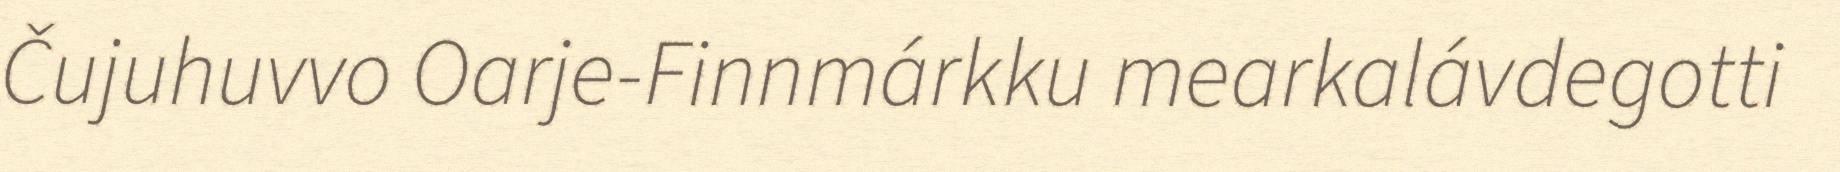
Čujuhuvvo Oarje-Finnmárkku mearkalávdegotti